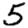
Digit: 5